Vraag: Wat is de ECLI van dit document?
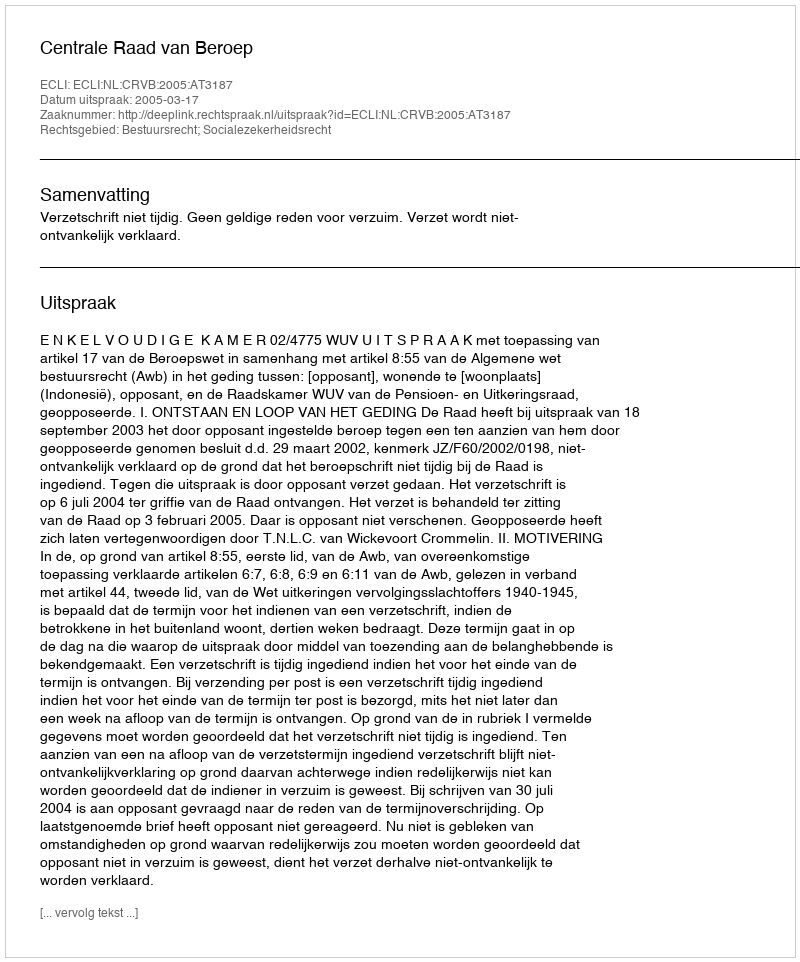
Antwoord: ECLI:NL:CRVB:2005:AT3187